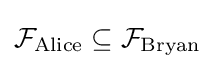
{\mathcal {F}}_{\text{Alice}}\subseteq {\mathcal {F}}_{\text{Bryan}}